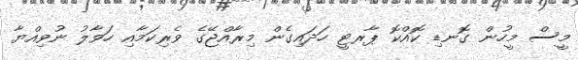
މީސް މީހުން ގޮނޑި ކޮއްކޮ ޕާރޓީ ހަދައިގެން މިރާއްޖޭގެ ވެރިކަމާއި ހަވާލު ނުވިއްޔާ